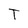
Character: T